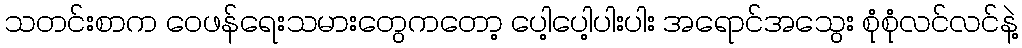
သတင်းစာက ဝေဖန်ရေးသမားတွေကတော့ ပေါ့ပေါ့ပါးပါး အရောင်အသွေး စုံစုံလင်လင်နဲ့